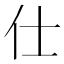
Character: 仕